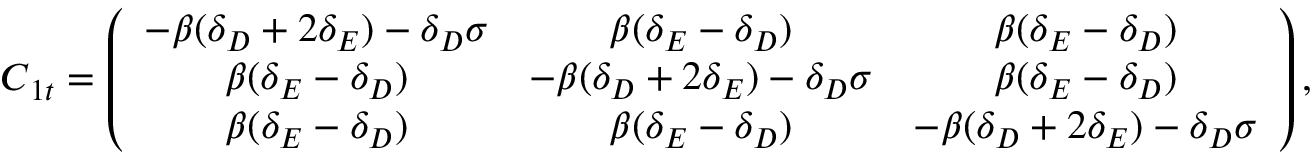
\begin{array} { r } { \boldsymbol C _ { 1 t } = \left( \begin{array} { c c c } { - \beta ( \delta _ { D } + 2 \delta _ { E } ) - \delta _ { D } \sigma } & { \beta ( \delta _ { E } - \delta _ { D } ) } & { \beta ( \delta _ { E } - \delta _ { D } ) } \\ { \beta ( \delta _ { E } - \delta _ { D } ) } & { - \beta ( \delta _ { D } + 2 \delta _ { E } ) - \delta _ { D } \sigma } & { \beta ( \delta _ { E } - \delta _ { D } ) } \\ { \beta ( \delta _ { E } - \delta _ { D } ) } & { \beta ( \delta _ { E } - \delta _ { D } ) } & { - \beta ( \delta _ { D } + 2 \delta _ { E } ) - \delta _ { D } \sigma } \end{array} \right) , } \end{array}